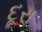
દૂરા